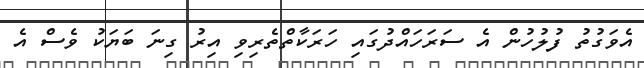
އެވަގުތު ފުލުހުން އެ ސަރަހައްދުގައި ހަރަކާތްތެރިވި އިރު ގިނަ ބަޔަކު ވެސް އެ